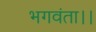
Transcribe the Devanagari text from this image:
भगवंता।।